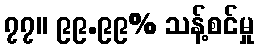
၇၇။ ၉၉.၉၉% သန့်စင်မှု